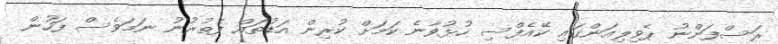
ރަސްފަންނު ޕެވިލިއަންގައި ކޭއެފްސި ހުޅުވާނެ ކަމަށް ކުރިން އަޑުތައް ފެތުރުނު ނަމަވެސް ފަހުން